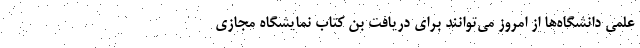
علمی دانشگاه‌ها از امروز می‌توانند برای دریافت بن کتاب نمایشگاه مجازی